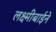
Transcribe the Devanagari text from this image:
लक्ष्मीबाईने